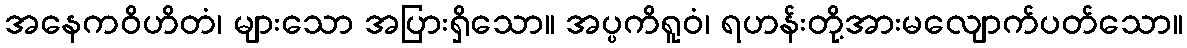
အနေကဝိဟိတံ၊ များသော အပြားရှိသော။ အပ္ပကိရူဝံ၊ ရဟန်းတို့အားမလျောက်ပတ်သော။